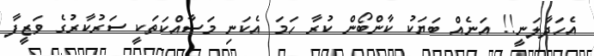
އެހަދާލަނީ!! އަނެއް ބަޔަކު ކާންބޯން ކުރާ ހަމަ އެކަނި މަސާއްކަތަކީ ސަރުކާރުގެ ވަޒީފާ